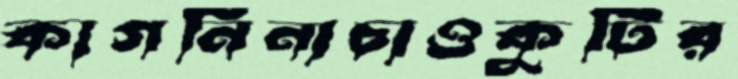
কাগনিনাচাওকুটির